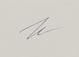
Signature authenticity: genuine